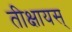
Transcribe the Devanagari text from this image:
तीक्षायस्